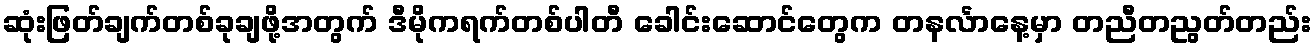
ဆုံးဖြတ်ချက်တစ်ခုချဖို့အတွက် ဒီမိုကရက်တစ်ပါတီ ခေါင်းဆောင်တွေက တနင်္လာနေ့မှာ တညီတညွတ်တည်း